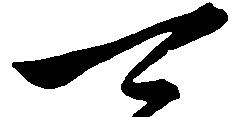
可